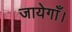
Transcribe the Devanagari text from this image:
जायेगाँ।